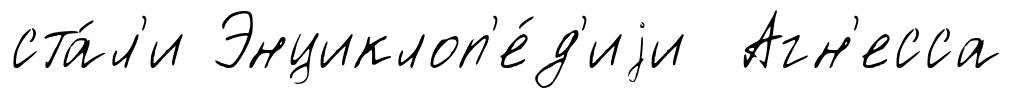
ста́л'и Энциклоп'е́д'иjи Агн'есса